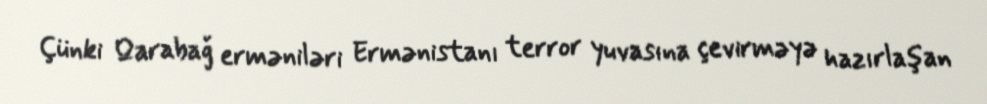
Çünki Qarabağ erməniləri Ermənistanı terror yuvasına çevirməyə hazırlaşan